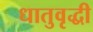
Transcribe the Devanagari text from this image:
धातुवृद्धी